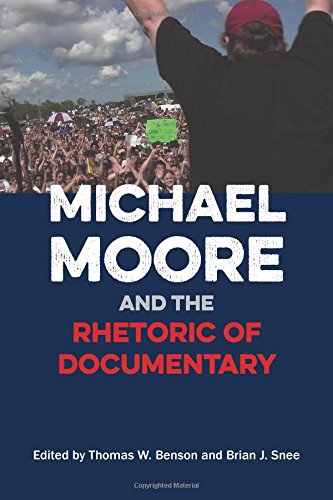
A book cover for Michael Moore and the Rhetoric of Documentary; Humor & Entertainment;